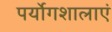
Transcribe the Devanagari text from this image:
पर्योगशालाएं